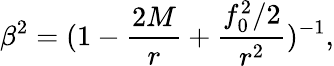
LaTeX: \beta^{2}=(1-\frac{2M}{r}+\frac{f_{0}^{2}/2}{r^{2}})^{-1},